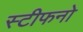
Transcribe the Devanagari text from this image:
स्टीफनो